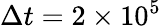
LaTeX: \Delta t=2\times 10^{5}